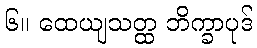
၆။ ထေယျသတ္ထ ဘိက္ခာပုဒ်